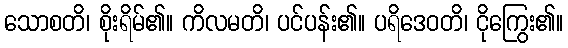
သောစတိ၊ စိုးရိမ်၏။ ကိလမတိ၊ ပင်ပန်း၏။ ပရိဒေဝတိ၊ ငိုကြွေး၏။